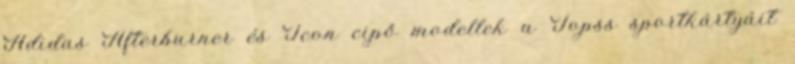
Adidas Afterburner és Icon cipő modellek a Topss sportkártyáit